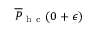
\overline { { P } } _ { \mathrm { ~ h ~ c ~ } } ( 0 + \epsilon )